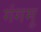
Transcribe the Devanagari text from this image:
गंगमू